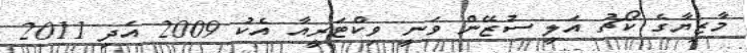
މާޒިޔާގެ ކޯޗު އަލީ ސުޒޭން ވަނީ ވިކްޓަރީއާ އެކު 2009 އަދި 2011